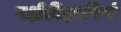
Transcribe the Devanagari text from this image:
पक्षीविज्ञानियों